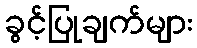
ခွင့်ပြုချက်များ